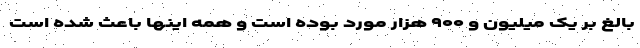
بالغ بر یک میلیون و ۹۰۰ هزار مورد بوده است و همه اینها باعث شده است